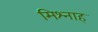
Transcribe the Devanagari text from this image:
मिश्नाह